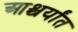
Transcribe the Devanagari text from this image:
आश्चर्यांत